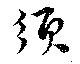
須